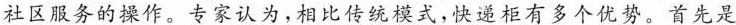
社区服务的操作。专家认为，相比传统模式，快递柜有多个优势。首先是